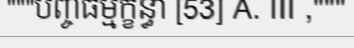
"""បញ្ចធម្មក្ខន្ធា [53] A. III ,"""